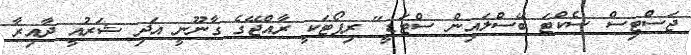
ޖަސްޓިސް ސެކްޓަ ބޭސްލައިން ސްޓަޑީ" ރިޕޯޓަކީ ރާއްޖޭގެ ގާނޫނީ އަދި ޝަރުއީ ދާއިރާ